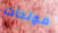
مولدات